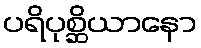
ပရိပုစ္ဆိယာနော